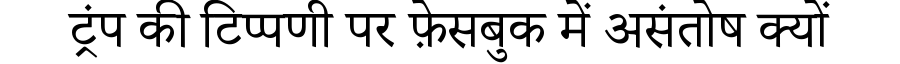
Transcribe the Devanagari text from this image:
ट्रंप की टिप्पणी पर फ़ेसबुक में असंतोष क्यों